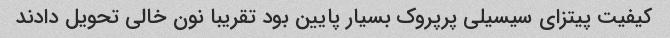
کیفیت پیتزای سیسیلی پرپروک بسیار پایین بود تقریبا نون خالی تحویل دادند